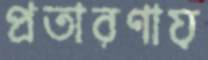
প্রতারণায়